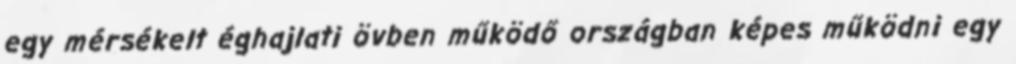
egy mérsékelt éghajlati övben működő országban képes működni egy